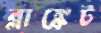
ব্লাঙ্কেট